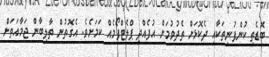
ބޮޑެތި ކުންފުނިތަކާއި ދެކޮޅަށް ތެދުވުމަށް އުފެއްދި ޕްލެޓްފޯމެއް ކަމަށެވެ. އެގޮތުން ތާލިބާން ޖަމާއަތަށް